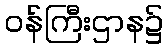
ဝန်ကြီးဌာန၌